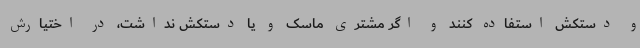
و دستکش استفاده کنند و اگر مشتری ماسک و یا دستکش نداشت، در اختیارش